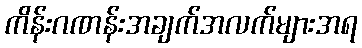
ကိန်းဂဏန်းအချက်အလက်များအရ